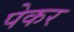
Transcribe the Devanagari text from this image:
पेकर